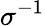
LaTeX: \sigma^{-1}